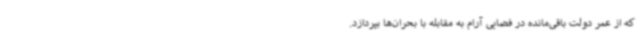
که از عمر دولت باقی‌مانده در فضایی آرام به مقابله با بحران‌ها بپردازد.